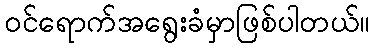
ဝင်ရောက်အရွေးခံမှာဖြစ်ပါတယ်။